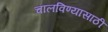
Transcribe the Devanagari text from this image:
चालविण्‍यासाठी